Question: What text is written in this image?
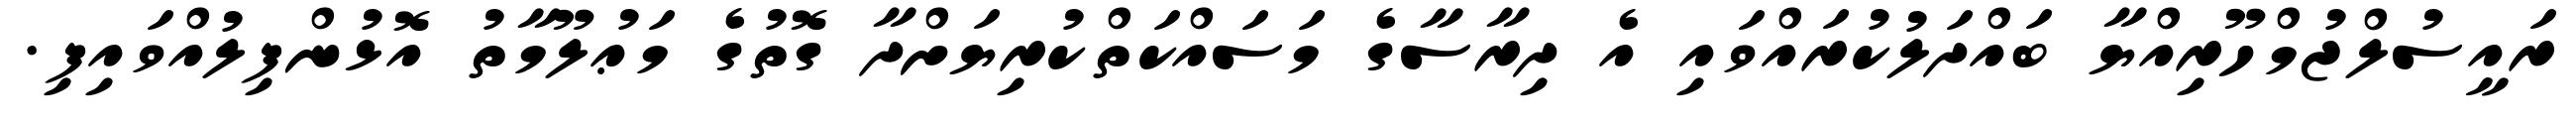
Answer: ރައީސުލްޖުމްހޫރިއްޔާ ބައްދަލުކުރައްވައި އެ ދިރާސާގެ މަސައްކަތްކުރިޔަށްދާ ގޮތުގެ މަޢުލޫމާތު އޮޅުންފިލުއްވައިފި.